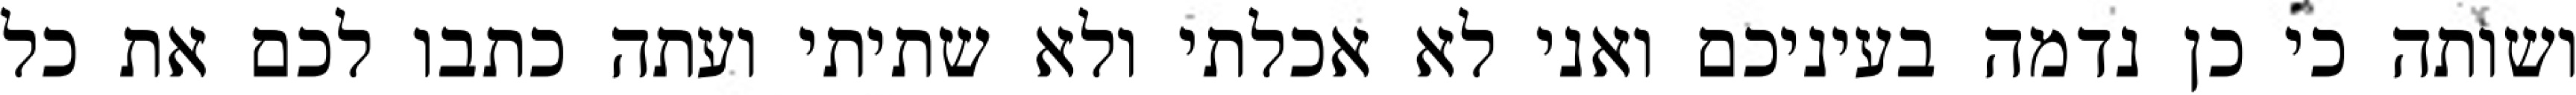
ושותה כי כן נדמה בעיניכם ואני לא אכלתי ולא שתיתי ועתה כתבו לכם את כל